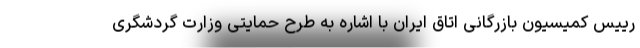
رییس کمیسیون بازرگانی اتاق ایران با اشاره به طرح حمایتی وزارت گردشگری